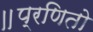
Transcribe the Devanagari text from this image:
॥प्रणितो